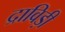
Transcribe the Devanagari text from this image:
द्राविड़ी